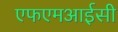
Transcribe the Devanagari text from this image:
एफएमआईसी